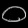
Digit: ၀